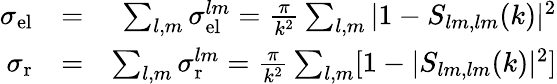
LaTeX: \begin{array}{rlr}{\sigma_{\mathrm{el}}}&{=}&{\sum_{l,m}\sigma_{\mathrm{el}}^{lm}=\frac{\pi}{k^{2}}\sum_{l,m}|1-S_{lm,lm}(k)|^{2}}\\ {\sigma_{\mathrm{r}}}&{=}&{\sum_{l,m}\sigma_{\mathrm{r}}^{lm}=\frac{\pi}{k^{2}}\sum_{l,m}[1-|S_{lm,lm}(k)|^{2}]}\end{array}